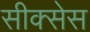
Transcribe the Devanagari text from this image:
सीक्सेस